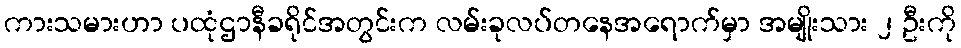
ကားသမားဟာ ပထုံဌာနီခရိုင်အတွင်းက လမ်းခုလပ်တနေအရောက်မှာ အမျိုးသား ၂ ဦးကို